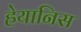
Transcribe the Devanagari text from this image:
हेयानिस